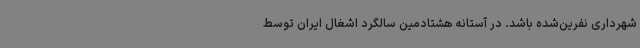
شهرداری نفرین‌شده باشد. در آستانه هشتادمین سالگرد اشغال ایران توسط